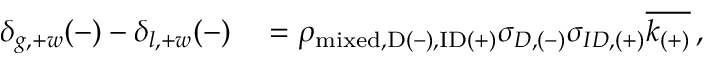
\begin{array} { r l } { \delta _ { g , + w } ( - ) - \delta _ { l , + w } ( - ) } & { { } = \rho _ { \mathrm { { m i x e d } , D ( - ) , I D ( + ) } } \sigma _ { D , ( - ) } \sigma _ { I D , ( + ) } \overline { { k _ { ( + ) } } } \, , } \end{array}